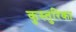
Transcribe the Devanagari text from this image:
कुस्तुरिका